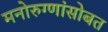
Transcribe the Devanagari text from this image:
मनोरुग्णांसोबत